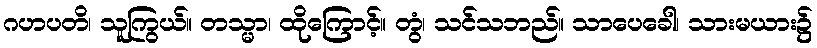
ဂဟပတိ၊ သူကြွယ်။ တသ္မာ၊ ထိုကြောင့်။ တွံ၊ သင်သဘည်။ သာပေခေါ၊ သားမယား၌